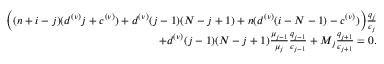
\begin{array} { r } { \Big ( ( n + i - j ) ( d ^ { ( \nu ) } j + c ^ { ( \nu ) } ) + d ^ { ( \nu ) } ( j - 1 ) ( N - j + 1 ) + n ( d ^ { ( \nu ) } ( i - N - 1 ) - c ^ { ( \nu ) } ) \Big ) \frac { q _ { j } } { \epsilon _ { j } } } \\ { + d ^ { ( \nu ) } ( j - 1 ) ( N - j + 1 ) \frac { \mu _ { j - 1 } } { \mu _ { j } } \frac { q _ { j - 1 } } { \epsilon _ { j - 1 } } + M _ { j } \frac { q _ { j + 1 } } { \epsilon _ { j + 1 } } = 0 . } \end{array}